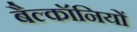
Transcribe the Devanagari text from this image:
बैल्कॉनियों